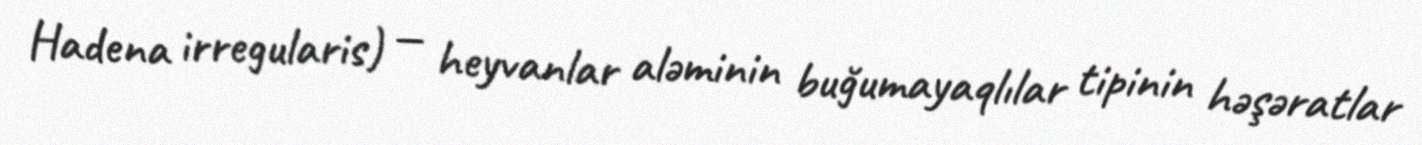
Hadena irregularis) — heyvanlar aləminin buğumayaqlılar tipinin həşəratlar